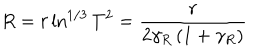
R = r \ln ^ { 1 / 3 } T ^ { 2 } = \frac { r } { 2 \gamma _ { R } \left( 1 + \gamma _ { R } \right) }